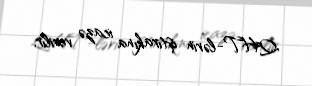
QHT-lərin iştirakına icazə verilir.